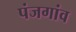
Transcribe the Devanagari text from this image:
पंजगांव